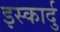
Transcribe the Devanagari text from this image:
इस्कार्दु